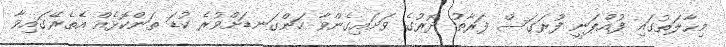
މިޙާލަތުގައި ފުއްޕަނީ ފުރަގަސް ފަރާތު ދޮރުގެ ވަށައިގެންވާ ހަންގަނޑަށްވުރެ ކުޑަ ތަންކޮޅެއް އެތެރޭގައިވާ